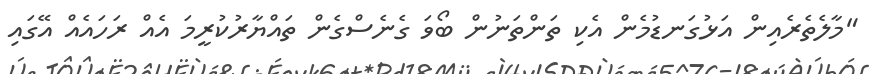
"މާލެތެރެއިން އަޅުގަނޑުމެން އެކި ތަންތަނުން ބޯވަ ގެނެސްގެން ތައްޔާރުކުރީމަ އެއް ރަހައެއް އޭގައި